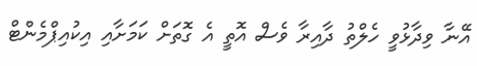
އޭނާ ވިދާޅުވީ ހެލްތު ދާއިރާ ވެސް އޮތީ އެ ގޮތަށް ކަމަށާއި އިކުއިޕްމެންޓް